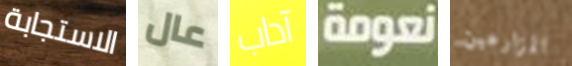
الاستجابة عال آداب نعومة المزارعين